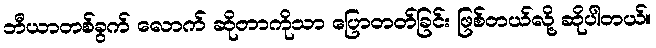
ဘီယာတစ်ခွက် လောက် ဆိုတာကိုသာ ပြောတတ်ခြင်း ဖြစ်တယ်လို့ ဆိုပါတယ်။